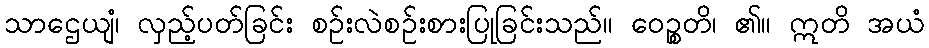
သာဌေယျံ၊ လှည့်ပတ်ခြင်း စဉ်းလဲစဉ်းစားပြုခြင်းသည်။ ဝေဉ္စတိ၊ ၏။ ဣတိ အယံ